Alphabetical list of drugs, medicines and other preparations free from, and containing, spirit compiled from the results of tests made by the customs houses at Calcutta, Bombay, and Madras
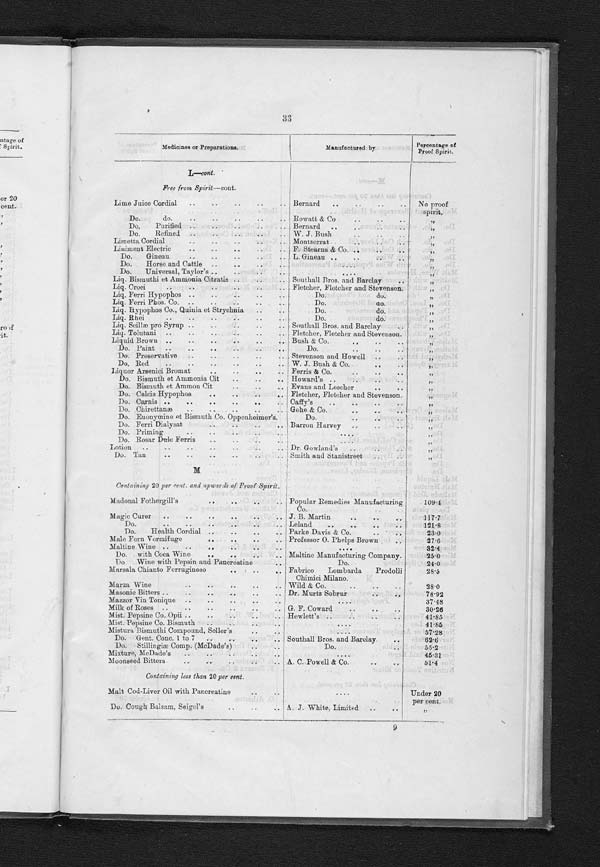
31
Medicines or Preparations.
Manufactured by
Percentage of
Proof Spirit.
L—cont .
Containing 20 per cent. and upwards of
Proof Spirit—cont.
Liquid Gentian Co.
Fletcher, Fletcher and Stevenson
38•71
Do. Hemoferrum F. Stearns & Co.
2 3 • 2 4
Do. Hyoseyami Fletcher, Fletcher and Stevenson.
90•8
Do. Lavand Co.
Do.
112•6
Do. Limonis pro Syrup
Southall Bros. and Barclay
54•0
Do. Opii Sedative
Evans, Lescher and Webb
2 8 • 1 3
Do. Opii Sedativas
Dunn & Co.
27•2
Do. Pancreaticus
.
Benger
37•6
Do. Papav. alb.
34•0
Do. Papaveris alb.
Southall Bros. and Barclay
3 6 • 0
Do. Pepsine Co. cum Opii
H e w l w t t s
4 4 • 8 1
Do. Pepsine Co. cum Bismuth
Do.
4 3 • 9
Do. Pepticus
Benger
28• 5
Do. Podophyllin
Hockin Wilson & Co.
2 0 • 9
Do. Podophyllin et Pepsine
29•11
Do. Podophyllin Belladonna and Strychine
21• 55
Do. Quassia
Fletcher Fletcher and Stevenson.
36•11
Do. Rhamnii
F r a n g u l æ Evans & Lescher
36•61
Do. Rhamni Frang.
Southall Bros. and Barclay
3 4 • 0
D o .
Rhei
Do.
36•0
Do. Santal Flay. Co. Burgoyne, Burbidges & Co.
40•0
Do. Santal Flay. Comp. Evans, Lescher andW e b b
4 3 • 9 2
Do. Santal Fiava, cum Buchu cum, Cubeba Hewlett
50•1
Do. do. Comp. Vol. LiquorS a n t a lc
u m B u c h u
et Cubeba.
66•3
Do. sedans
Parke Davis & Co.
4 9 • 0
Do. Senega
Fletcher, Fletcher and Stevenson.
25•5
Do. Sennæ pro Syrup
Southall Bros. and Barclay
24•7
Do. Taka Diastase
30•24
Do. Taraxaci
Burgoyne, Burbidges & Co.
33•3
Do. do
Dakin Brothers
39•51
Do.
do.
Baiss Brothers
4 0 • 8
Do. do
Burgoyne and Burbidges
38•53
Do. do
Barron Squire & Co.
52.0
Do. Tolutana
Burgoyne, Burbdges & Co.
37
•
6
Liquor Pepticus
37
•
0
Liver Invigorator
F. W. Hailes
29•5
Do. Regulator
F. Stearns & Co.
40•4
Lotin, Freckle
Do.
95•43
Lung Balsam
Atkinsous Polumigii
2 1 • 8
Luthanian Stomach Bitters
79•5
Containing less than 20 per cent.
Lager Beer Compound
Barnett and Foster
Under 20
per cent.
I axative Fig Syrup
F. Stearns & Co.
„
Lemon Champagne
Haynes, Finemore
„
Do. Juice
J. J . Morton
„
Lemonade Concentrated Compound
„
Do. do
Barnett and Foster
„
Limeade, Concentrated Compound
Do.
„
Lime Fruit Juice
Mortserrat
„
Lime Juice, appd. 8th March 1898
Imported by S. R. Subedar
„
Do. do. Cordial
J. Brown & Co.
„
Do. do. Fortified
„
Linctus, Horehe und and Linseed
Newton Manson's
„
Liniment Cantharides
„
Do. do.
Gehe & Co.
„
Do. Arnica Whitmore's
„
Linseed Linctus
Newton Mason's
„
Liquid, Binary for ice machines
„
Do. Bismuthi
C. F. Schacht
„
Do. Cochineal
W. J. Bush
„
Liquor Bismuthi
G. F. Schacht
„
Do.
do. Compound et Pepsina Dakin Brothers
„